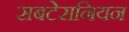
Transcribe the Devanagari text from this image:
सबटेरानियन